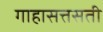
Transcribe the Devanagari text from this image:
गाहासत्तसती